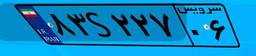
۰۷S۱۱۴۲۸